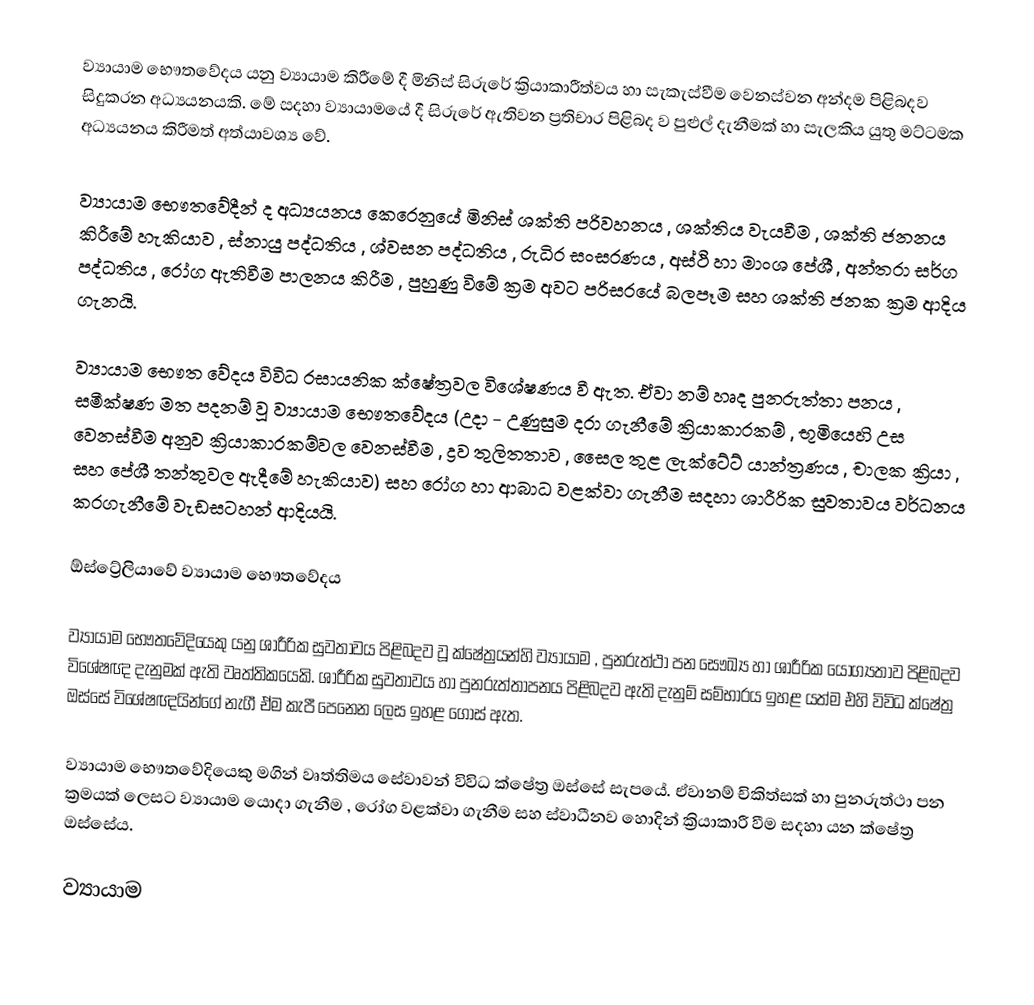
ව්‍යායාම භෞතවේදය යනු ව්‍යායාම කිරීමේ දී මිනිස් සිරුරේ ක්‍රියාකාරීත්වය හා සැකැස්වීම වෙනස්වන අන්දම පිළිබදව සිදුකරන අධ්‍යයනයකි. මේ සදහා ව්‍යායාමයේ දී සිරුරේ ඇතිවන ප්‍රතිචාර පිළිබද ව පුළුල් දැනීමක් හා සැලකිය යුතු මට්ටමක අධ්‍යයනය කිරීමත් අත්යාවශ්‍ය වේ.

ව්‍යායාම භෞතවේදීන් ද අධ්‍යයනය කෙරෙනුයේ මිනිස් ශක්ති පරිවහනය , ශක්තිය වැයවීම , ශක්ති ජනනය කිරීමේ හැකියාව , ස්නායු පද්ධතිය , ශ්වසන පද්ධතිය , රුධිර  සංසරණය , අස්ථි හා මාංශ පේශී , අන්තරා සර්ග පද්ධතිය , රෝග ඇතිවීම පාලනය කිරීම , පුහුණු විමේ ක්‍රම අවට පරිසරයේ බලපෑම සහ ශක්ති ජනක ක්‍රම ආදිය ගැනයි.

ව්‍යායාම භෞත ‍වේදය විවිධ රසායනික ක්ෂේත්‍රවල විශේෂණය වී ඇත. ඒවා නම් හෘද පුනරුත්තා පනය , සමීක්ෂණ මත පදනම් වූ ව්‍යායාම භෞතවේදය (උදා - උණුසුම දරා ගැනීමේ ක්‍රියාකාරකම් , භූමියෙහි උස වෙනස්වීම අනුව ක්‍රියාකාරකම්වල වෙනස්වීම , ද්‍රව තුලිතතාව , සෛල තුළ ලැක්ටේට් යාන්ත්‍රණය , චාලක ක්‍රියා , සහ පේශී තන්තුවල ඇදීමේ හැකියාව) සහ රෝග හා ආබාධ වළක්වා ගැනීම සදහා ශාරීරික සුවතාවය වර්ධනය කරගැනීමේ වැඩසටහන් ආදියයි.

ඕස්ට්‍රේලි‍යාවේ ව්‍යායාම භෞතවේදය

ව්‍යායාම භෞතවේදියෙකු යනු ශාරීරික සුවතාවය පිළිබදව වූ ක්ෂේත්‍රයන්හි ව්‍යායාම , පුනරුත්ථා පන සෞඛ්‍ය හා ශාරීරික යෝග්‍යතාව පිළිබදව විශේෂඥ දැනුමක් ඇති වෘත්තිකයෙකි. ශාරීරික සුවතාවය හා පුනරුත්තාපනය පිළිබදව ඇති දැනුම් සම්භාරය ඉහළ යත්ම එහි විවිධ ක්ෂේත්‍ර ඔස්සේ විශේෂඥයින්ගේ නැගී ඒම කැපී පෙනෙන ලෙස ඉහළ ගොස් ඇත.

ව්‍යායාම භෞතවේදියෙකු මගින් වෘත්තිමය සේවාවන් විවිධ ක්ෂේත්‍ර ඔස්සේ සැපයේ. ඒවානම් චිකිත්සක් හා පුනරුත්ථා පන ක්‍රමයක් ලෙසට ව්‍යායාම යොදා ගැනීම , රෝග වළක්වා ගැනීම සහ ස්වාධීනව හොදින් ක්‍රියාකාරී වීම සදහා යන ක්ෂේත්‍ර ඔස්සේය.

ව්‍යායාම